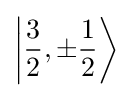
\left|{\frac {3}{2}},\pm {\frac {1}{2}}\right\rangle